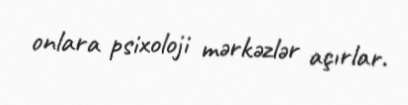
onlara psixoloji mərkəzlər açırlar.